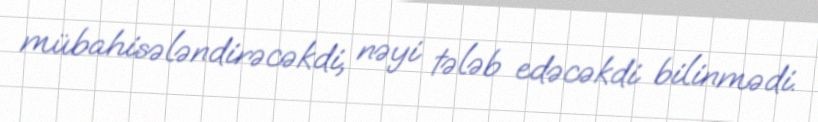
mübahisələndirəcəkdi, nəyi tələb edəcəkdi bilinmədi.